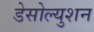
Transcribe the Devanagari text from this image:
डेसोल्युशन